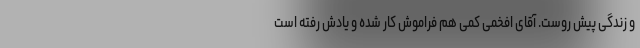
و زندگی پیش روست. آقای افخمی کمی هم فراموش کار شده و یادش رفته است